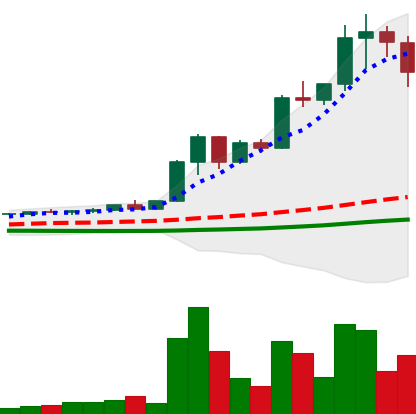
Ticker: XRP-USD
Chart end date: 2021-04-16
Forward return: -16.759%
Label: down_7plus